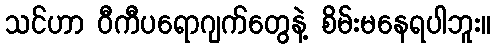
သင်ဟာ ဝီကီပရောဂျက်တွေနဲ့ စိမ်းမနေရပါဘူး။